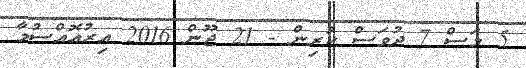
5 މަސް 7 ދުވަސް ކުރިން - 21 ޖޫން 2016 އިރުއޮއްސުމާ